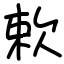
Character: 欶